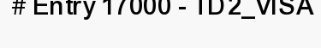
# Entry 17000 - TD2_VISA